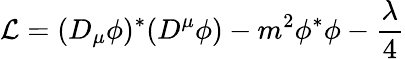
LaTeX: {\cal L}=(D_{\mu}\phi)^{*}(D^{\mu}\phi)-m^{2}\phi^{*}\phi-\frac\lambda 4